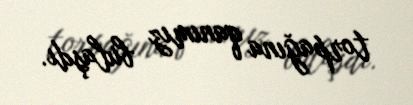
torpağına qanımız bulaşdı.